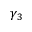
\gamma _ { 3 }